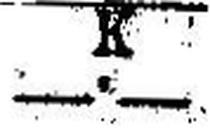
—.—